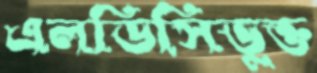
এলডিসিভুক্ত